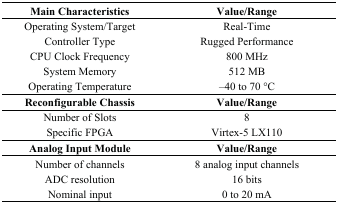
| Main Characteristics | Value/Range |
 | --- | --- |
 | Operating System/Target | Real-Time |
 | Controller Type | Rugged Performance |
 | CPU Clock Frequency | 800 MHz |
 | System Memory | 512 MB |
 | Operating Temperature | –40 to 70 °C |
 | Reconfigurable Chassis | Value/Range |
 | Number of Slots | 8 |
 | Specific FPGA | Virtex-5 LX110 |
 | Analog Input Module | Value/Range |
 | Number of channels | 8 analog input channels |
 | ADC resolution | 16 bits |
 | Nominal input | 0 to 20 mA |